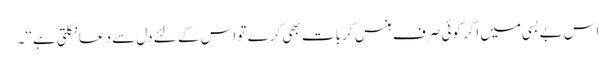
اس بے بسی میں اگر کوئی صرف ہنس کر بات بھی کرے تو اس کے لئے دل سے دعا نکلتی ہے‘‘۔